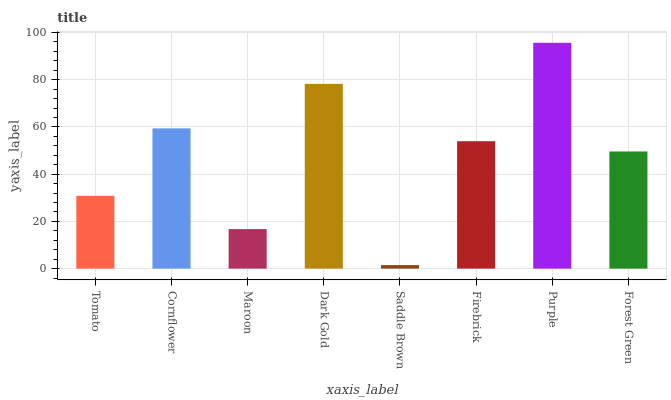
| xaxis_label | bars |
 | --- | --- |
 | Tomato | 30.8 |
 | Cornflower | 59.4 |
 | Maroon | 16.7 |
 | Dark Gold | 78.2 |
 | Saddle Brown | 1.49 |
 | Firebrick | 54 |
 | Purple | 95.6 |
 | Forest Green | 49.6 |